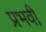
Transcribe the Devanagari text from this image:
प्रभवी